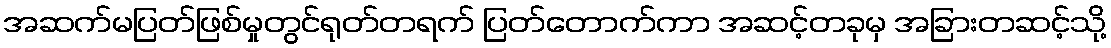
အဆက်မပြတ်ဖြစ်မှုတွင်ရုတ်တရက် ပြတ်တောက်ကာ အဆင့်တခုမှ အခြားတဆင့်သို့